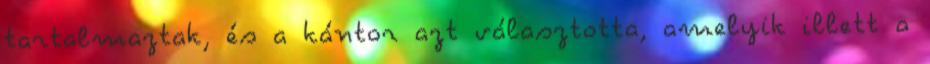
tartalmaztak, és a kántor azt választotta, amelyik illett a